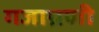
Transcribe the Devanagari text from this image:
गजाग्रणी